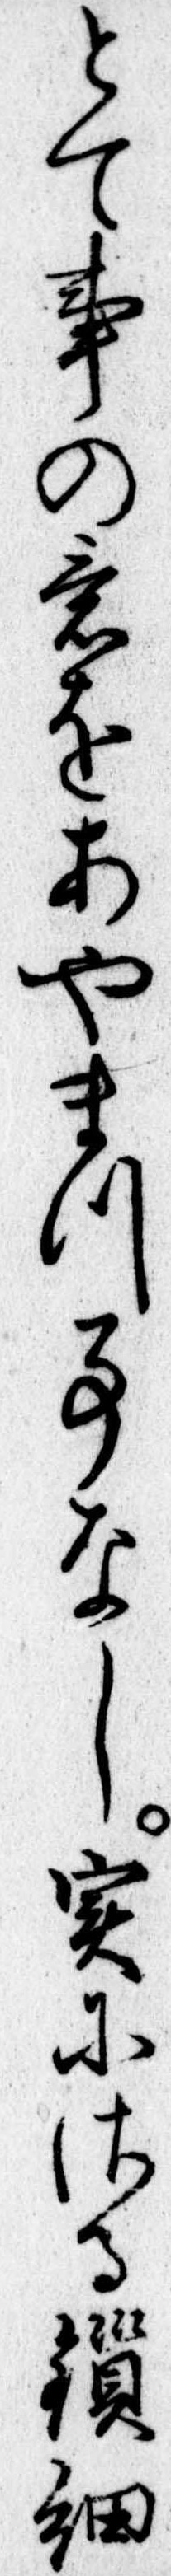
とて事の意をあやまつ事なし実にさる瑣細